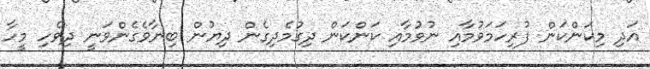
އަދި މިކަންކަން ފުރިހަމަވުމާއި ނުވުމާއި ކަންކަން ދިގުމެދިގެން ދިޔުން ބިނާވެގެންވަނީ ދިވެހި މީހާ